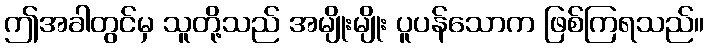
ဤအခါတွင်မှ သူတို့သည် အမျိုးမျိုး ပူပန်သောက ဖြစ်ကြရသည်။